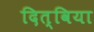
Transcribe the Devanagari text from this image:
दित्विया